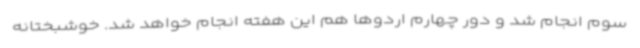
سوم انجام شد و دور چهارم اردوها هم این هفته انجام خواهد شد. خوشبختانه